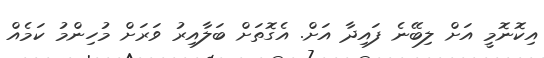
އިކޮނޮމީ އަށް ލިބޭނެ ފައިދާ އަށް. އެގޮތަށް ބަލާއިރު ވަރަށް މުހިންމު ކަމެއް